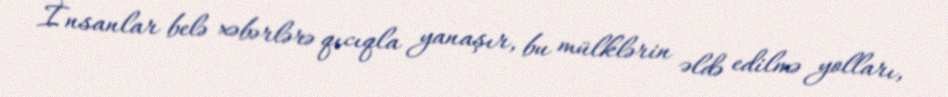
İnsanlar belə xəbərlərə qıcıqla yanaşır, bu mülklərin əldə edilmə yolları,